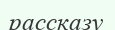
рассказу